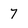
Character: 7